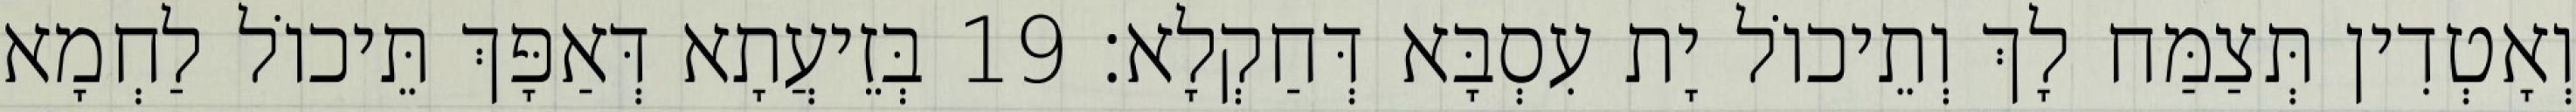
וְאָטְדִין תְּצַמַּח לָךְ וְתֵיכוֹל יָת עִסְבָּא דְּחַקְלָא׃ 19 בְּזֵיעֲתָא דְּאַפָּךְ תֵּיכוֹל לַחְמָא